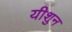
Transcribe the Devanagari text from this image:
यीशुन